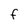
Character: F